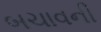
બચાવની